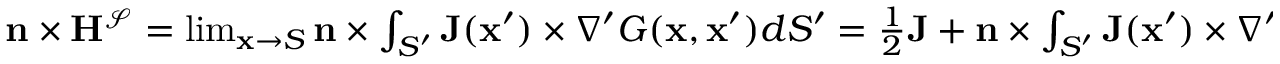
\begin{array} { r } { \mathbf { n } \times \mathbf { H } ^ { \mathcal { S } } = \operatorname* { l i m } _ { \mathbf { x } \to S } \mathbf { n } \times \int _ { S ^ { \prime } } \mathbf { J } ( \mathbf { x } ^ { \prime } ) \times \nabla ^ { \prime } G ( \mathbf { x } , \mathbf { x } ^ { \prime } ) d S ^ { \prime } = \frac { 1 } { 2 } \mathbf { J } + \mathbf { n } \times \int _ { S ^ { \prime } } \mathbf { J } ( \mathbf { x } ^ { \prime } ) \times \nabla ^ { \prime } G ( \mathbf { x } , \mathbf { x } ^ { \prime } ) d S ^ { \prime } , } \end{array}